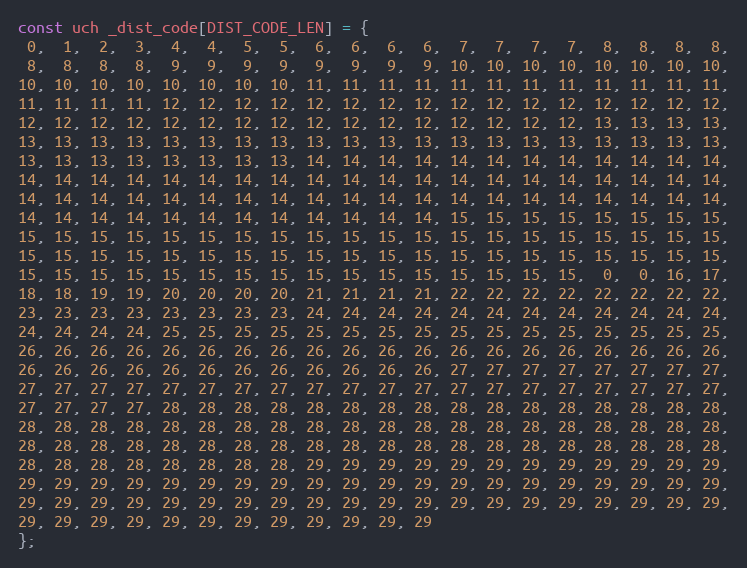
Language: C
const uch _dist_code[DIST_CODE_LEN] = {
 0,  1,  2,  3,  4,  4,  5,  5,  6,  6,  6,  6,  7,  7,  7,  7,  8,  8,  8,  8,
 8,  8,  8,  8,  9,  9,  9,  9,  9,  9,  9,  9, 10, 10, 10, 10, 10, 10, 10, 10,
10, 10, 10, 10, 10, 10, 10, 10, 11, 11, 11, 11, 11, 11, 11, 11, 11, 11, 11, 11,
11, 11, 11, 11, 12, 12, 12, 12, 12, 12, 12, 12, 12, 12, 12, 12, 12, 12, 12, 12,
12, 12, 12, 12, 12, 12, 12, 12, 12, 12, 12, 12, 12, 12, 12, 12, 13, 13, 13, 13,
13, 13, 13, 13, 13, 13, 13, 13, 13, 13, 13, 13, 13, 13, 13, 13, 13, 13, 13, 13,
13, 13, 13, 13, 13, 13, 13, 13, 14, 14, 14, 14, 14, 14, 14, 14, 14, 14, 14, 14,
14, 14, 14, 14, 14, 14, 14, 14, 14, 14, 14, 14, 14, 14, 14, 14, 14, 14, 14, 14,
14, 14, 14, 14, 14, 14, 14, 14, 14, 14, 14, 14, 14, 14, 14, 14, 14, 14, 14, 14,
14, 14, 14, 14, 14, 14, 14, 14, 14, 14, 14, 14, 15, 15, 15, 15, 15, 15, 15, 15,
15, 15, 15, 15, 15, 15, 15, 15, 15, 15, 15, 15, 15, 15, 15, 15, 15, 15, 15, 15,
15, 15, 15, 15, 15, 15, 15, 15, 15, 15, 15, 15, 15, 15, 15, 15, 15, 15, 15, 15,
15, 15, 15, 15, 15, 15, 15, 15, 15, 15, 15, 15, 15, 15, 15, 15,  0,  0, 16, 17,
18, 18, 19, 19, 20, 20, 20, 20, 21, 21, 21, 21, 22, 22, 22, 22, 22, 22, 22, 22,
23, 23, 23, 23, 23, 23, 23, 23, 24, 24, 24, 24, 24, 24, 24, 24, 24, 24, 24, 24,
24, 24, 24, 24, 25, 25, 25, 25, 25, 25, 25, 25, 25, 25, 25, 25, 25, 25, 25, 25,
26, 26, 26, 26, 26, 26, 26, 26, 26, 26, 26, 26, 26, 26, 26, 26, 26, 26, 26, 26,
26, 26, 26, 26, 26, 26, 26, 26, 26, 26, 26, 26, 27, 27, 27, 27, 27, 27, 27, 27,
27, 27, 27, 27, 27, 27, 27, 27, 27, 27, 27, 27, 27, 27, 27, 27, 27, 27, 27, 27,
27, 27, 27, 27, 28, 28, 28, 28, 28, 28, 28, 28, 28, 28, 28, 28, 28, 28, 28, 28,
28, 28, 28, 28, 28, 28, 28, 28, 28, 28, 28, 28, 28, 28, 28, 28, 28, 28, 28, 28,
28, 28, 28, 28, 28, 28, 28, 28, 28, 28, 28, 28, 28, 28, 28, 28, 28, 28, 28, 28,
28, 28, 28, 28, 28, 28, 28, 28, 29, 29, 29, 29, 29, 29, 29, 29, 29, 29, 29, 29,
29, 29, 29, 29, 29, 29, 29, 29, 29, 29, 29, 29, 29, 29, 29, 29, 29, 29, 29, 29,
29, 29, 29, 29, 29, 29, 29, 29, 29, 29, 29, 29, 29, 29, 29, 29, 29, 29, 29, 29,
29, 29, 29, 29, 29, 29, 29, 29, 29, 29, 29, 29
};